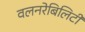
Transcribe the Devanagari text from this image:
वलनरेबिलिटी